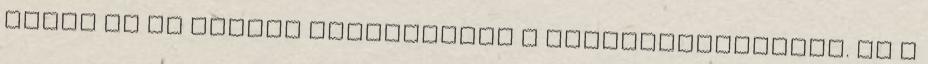
akkor ez az összeg kivezethető a nyilvántartásból. Ez a